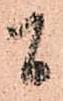
間